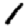
Digit: 1